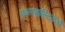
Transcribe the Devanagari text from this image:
एअरबाल्टिकचे